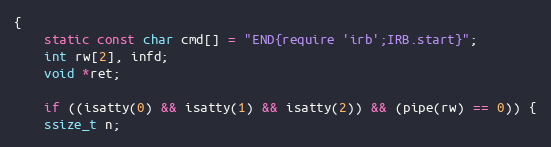
Language: C
{
    static const char cmd[] = "END{require 'irb';IRB.start}";
    int rw[2], infd;
    void *ret;

    if ((isatty(0) && isatty(1) && isatty(2)) && (pipe(rw) == 0)) {
	ssize_t n;